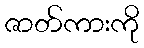
ဇာတ်ကားကို